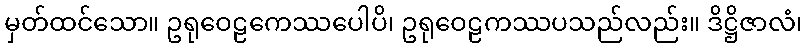
မှတ်ထင်သော။ ဥရုဝေဠကေဿပေါပိ၊ ဥရုဝေဠကဿပသည်လည်း။ ဒိဋ္ဌိဇာလံ၊